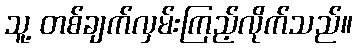
သူ့ တစ်ချက်လှမ်းကြည့်လိုက်သည်။